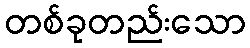
တစ်ခုတည်းသော